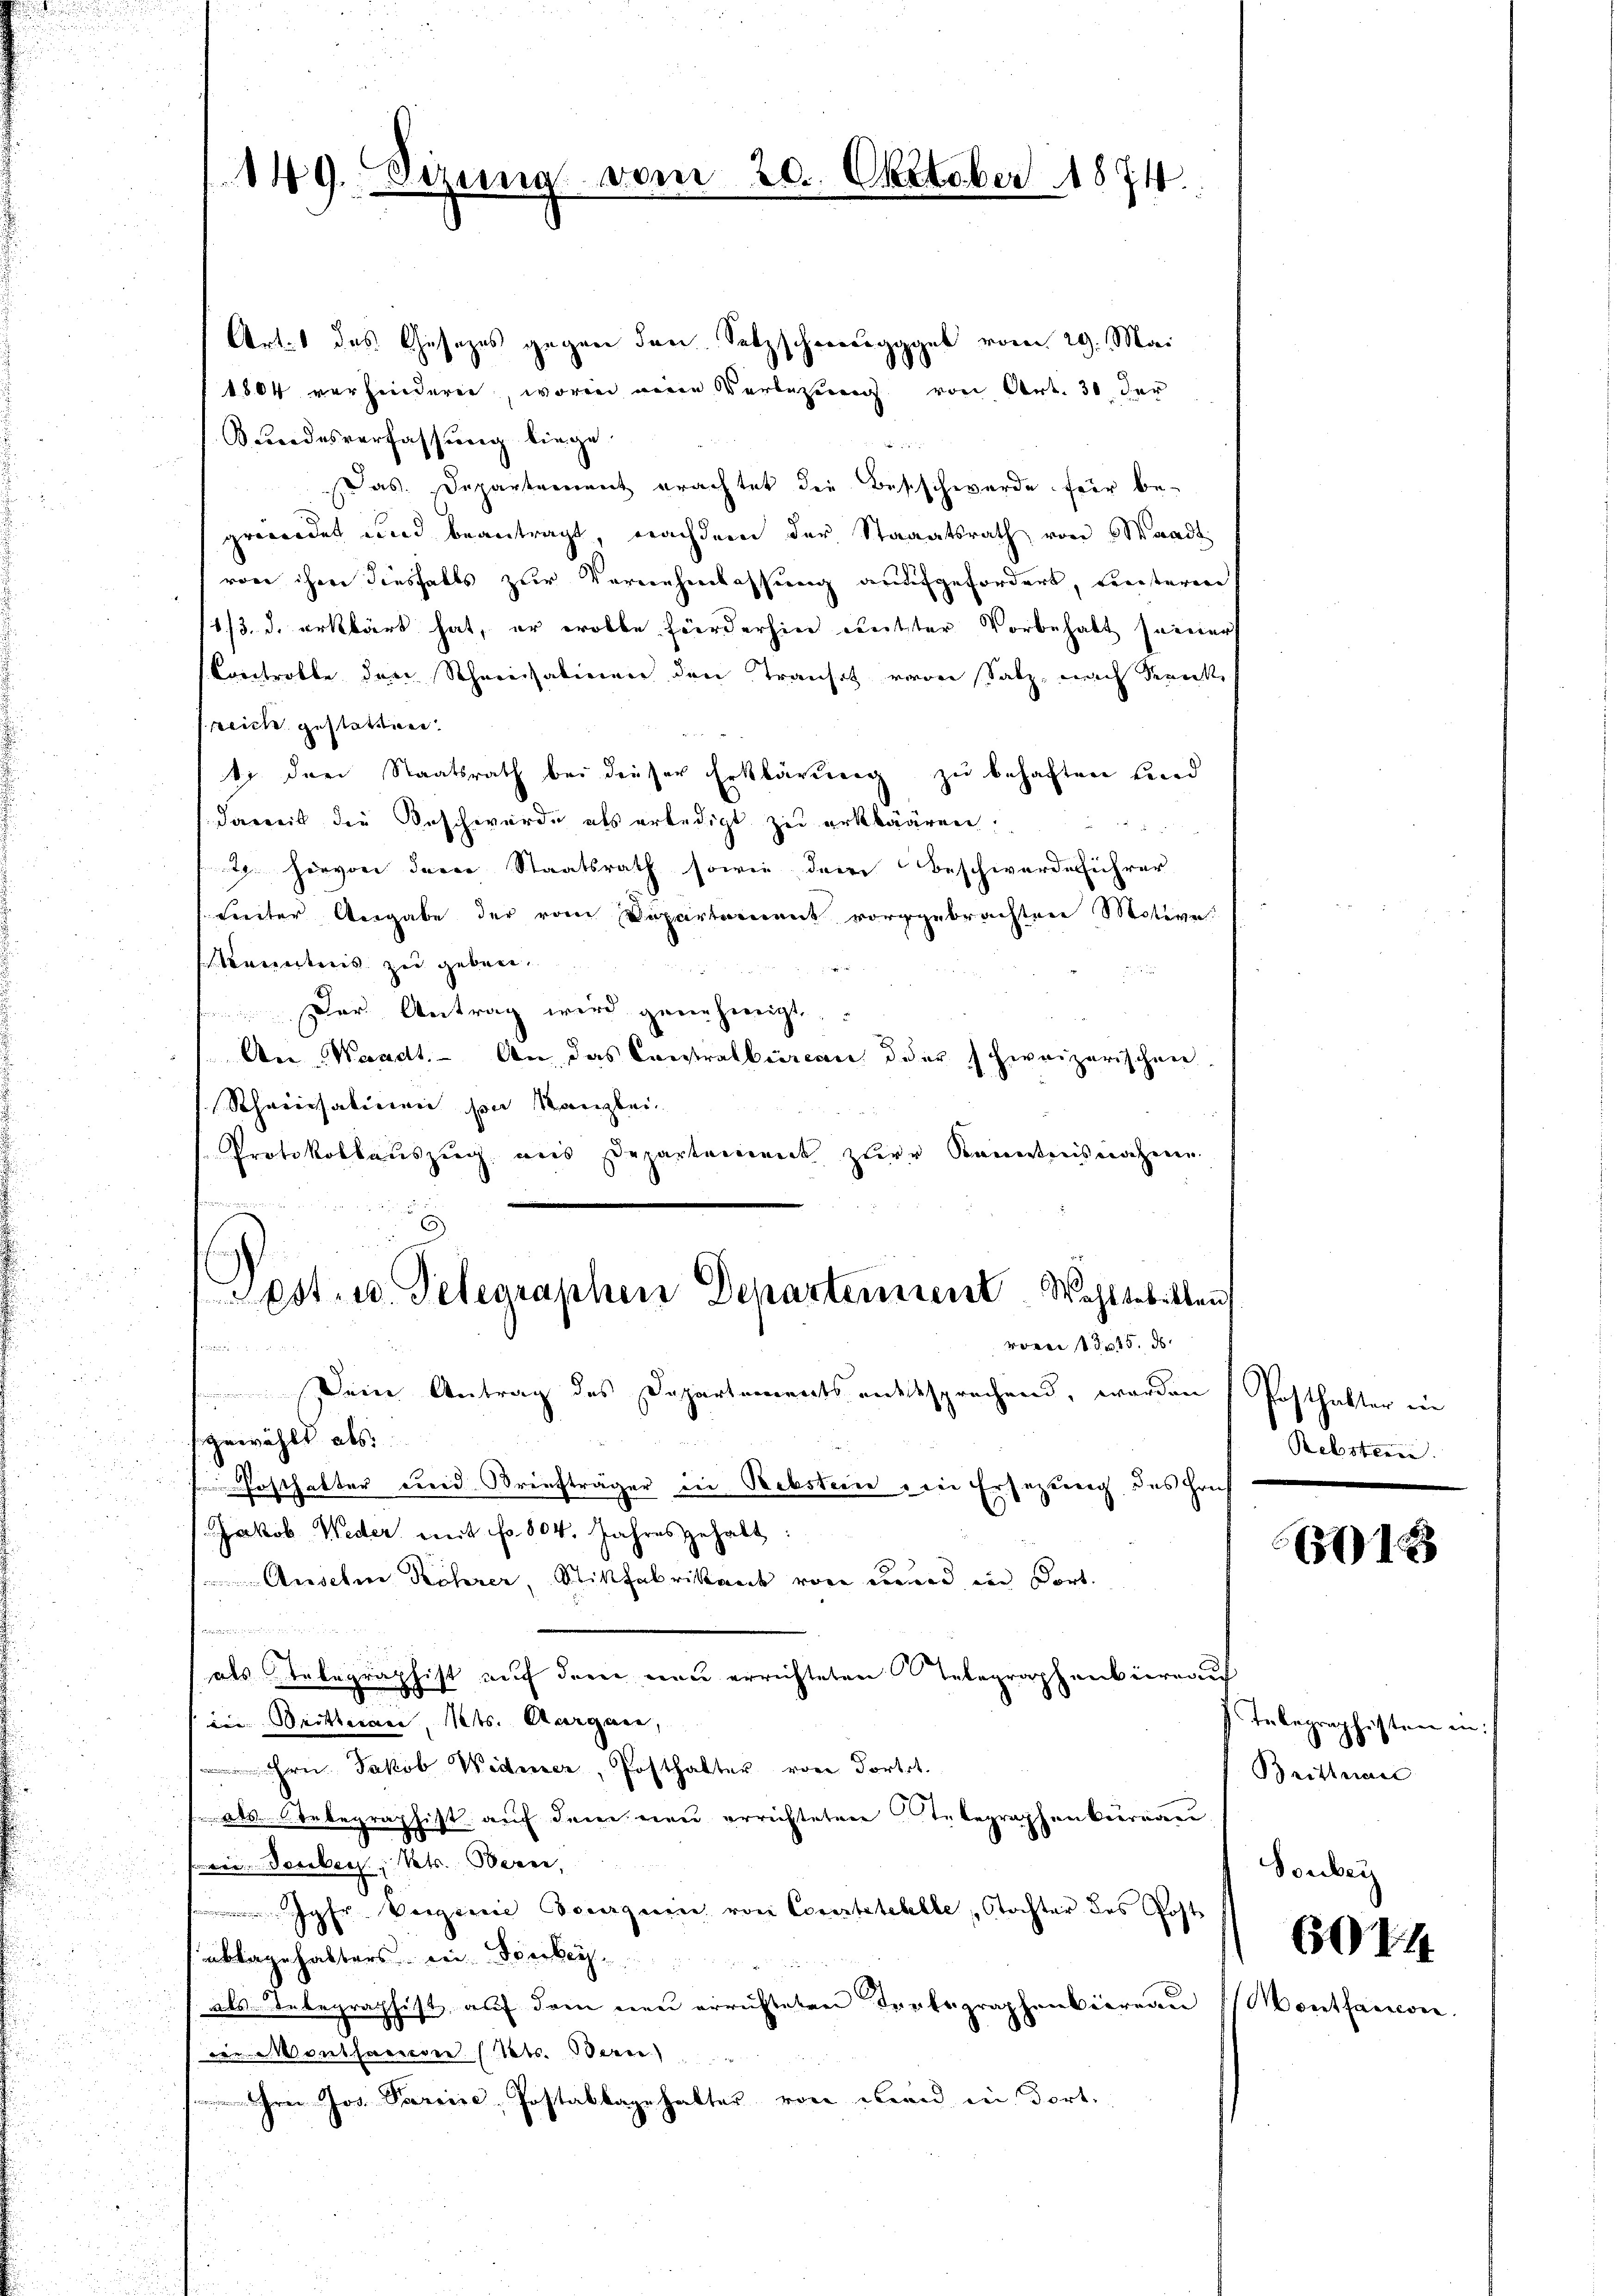
149. Sizung vom 20. Oktober 1874.

Art. 1 des Gesetzes gegen den Satzschweregggeb vom 29. Mai
1804 verhinderen, worin eine Verlegung von Art. 30 der
Bundesverfassung liege.
das. Departement erachtet die Besschwerde für begewordet und beantragt, nachdem der Staaatsrath von 6 Waadt
von ihrer diesfalls zur Vernehmlassung aufgefordert, Freiterere
11/3. d. erklärt hat, er wolle Förderhin netter Vorbehalt seine
Controlle den Scheinsalinen den Transch von Satz, nach Serik
sreich gestatten.
1 drei Staatsrath bei dieser Erklärung zu behaften und
daweit die Beschwerde als erledigt zu erklären.
29. Hievon derer Staatsrath sowie dem Beschwerdeführer
 Freiter Angabe der vom Departement vorgebrachten Motive
Kenntnis zu geben.
Der Antrag wird geriehweigt,
Aer Waadt. An das Constralbureau daher schweizerischen.
Schreisatinen von Kanzlei
Protokollaŭszŭg ans Departement zur Kenntnisnahme
Post- u. Telegraphen Departement. Wahlgebillen
voren 1 Fr. 15. ds

 Deine Antrag des Departements entsprechend, worden
gewählt als
Posthalter Freid Braufträger in Rebsten in Ersezung des Hrn.
Jakob Weder mit fr. 804. Jahres gehabt:
Ansehene Röhrer, Stilfabrikant von wird ein Fort
 eiges d
als Inbegraphist auf dem neu errichteten elegraphenbüreau
ii Seitterner, Mts. Aargare,
Hrn. Jakob Widerer, Posthalter von Fortet.
A. Unbegraphist auf dem neu errichteten Telegraphenbureau
wei Jerebers Kts. Berne,
 Jahr Vorgenie Tourquin, von Cortetebelle, Tochter des Gost
ablagehalters ein Tonbey
als Unbegraphist auf dem neu errichteten Trotegraphenbierenn
von entharieren (Rets. Bere
hrer Jos. Pareise, Postabbagehalter von Bernd in dort.

Posthalter in
Rebsterie.

67123

Telegraphisten in:
Brittnau
Sonber
6074
Montanein.